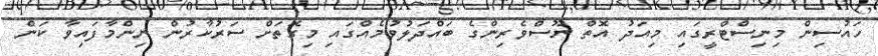
ހައުސިން މިނިސްޓްރީގައި މިއަދު އޮތް ނޫސްވެރިންގެ ބައްދަލުވުމެއްގައި މިގޮތަށް ސަރުކާރުން ނިންމާފައިވާ ކަން